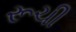
રૂચી